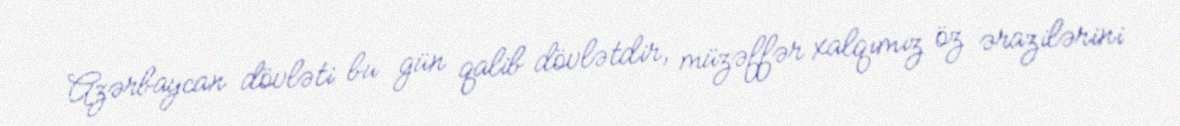
Azərbaycan dövləti bu gün qalib dövlətdir, müzəffər xalqımız öz ərazilərini